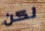
لكن